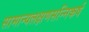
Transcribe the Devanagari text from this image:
सामान्यलक्षणसन्निकर्ष